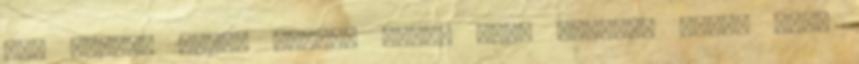
nem engedi egyik ország sem?" Pont ugyanaz lesz, mint